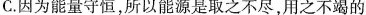
C.因为能量守恒，所以能源是取之不尽，用之不竭的